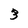
Character: 3